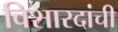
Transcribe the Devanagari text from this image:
विशारदांची